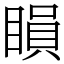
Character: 䁚